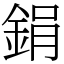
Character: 鋗